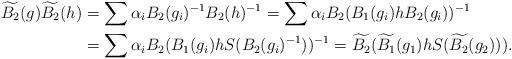
LaTeX: \begin{align*}\widetilde{B_2}(g)\widetilde{B_2}(h)&=\sum \alpha_iB_2(g_i)^{-1}B_2(h)^{-1}=\sum \alpha_iB_2(B_1(g_i)hB_2(g_i))^{-1}\\&=\sum \alpha_iB_2(B_1(g_i)hS(B_2(g_i)^{-1}))^{-1}=\widetilde{B_2}(\widetilde{B_1}(g_1)hS(\widetilde{B_2}(g_2))).\end{align*}